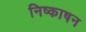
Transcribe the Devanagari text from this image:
निष्काषन